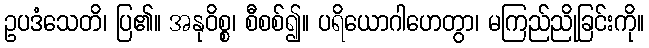
ဥပဒံသေတိ၊ ပြ၏။ အနုဝိစ္စ၊ စီစစ်၍။ ပရိယောဂါဟေတွာ၊ မကြည်ညိုခြင်းကို။